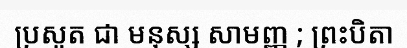
ប្រសូត ជា មនុស្ស សាមញ្ញ ; ព្រះបិតា